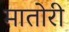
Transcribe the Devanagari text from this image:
मातोरी